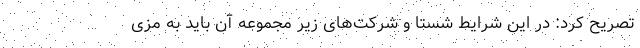
تصریح کرد: در این شرایط شستا و شرکت‌های زیر مجموعه آن باید به مزی